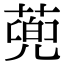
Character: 蔸